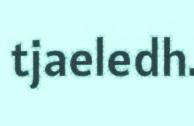
tjaeledh.